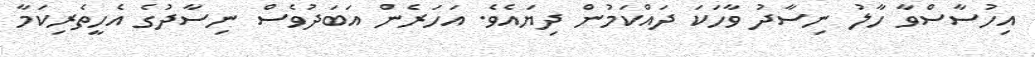
އިހުސާސްވާ ހާލު ނިސާދު ވާހަކަ ދައްކަމުން ދިޔައެވެ. އަހަރެން އަބަދުވެސް ނިސާދުގެ އެހީތެރިކަމާ